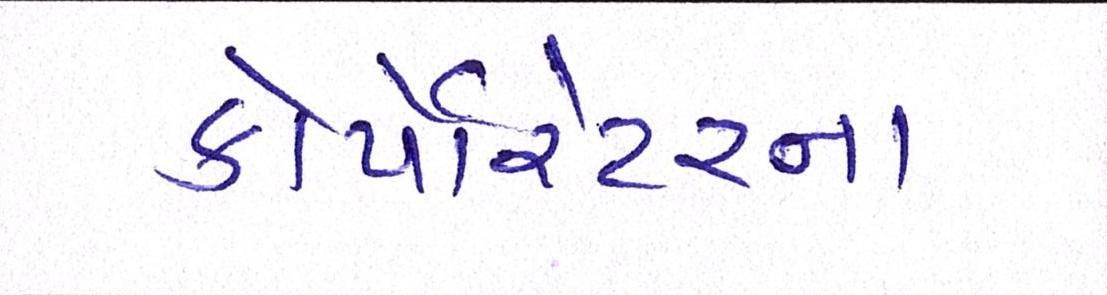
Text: કોર્પેારેટરના